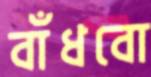
বাঁধবো